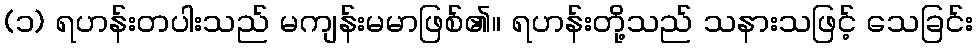
(၁) ရဟန်းတပါးသည် မကျန်းမမာဖြစ်၏။ ရဟန်းတို့သည် သနားသဖြင့် သေခြင်း